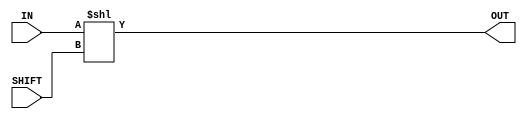
module f1_test(input [15:0] IN, input [4:0] SHIFT, output [15:0] OUT);

assign OUT = IN << SHIFT;
endmodule